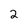
Character: 2